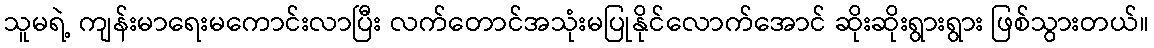
သူမရဲ့ ကျန်းမာရေးမကောင်းလာပြီး လက်တောင်အသုံးမပြုနိုင်လောက်အောင် ဆိုးဆိုးရွားရွား ဖြစ်သွားတယ်။